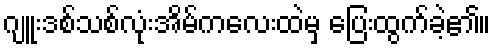
ဂျူးဒစ်သစ်လုံးအိမ်ကလေးထဲမှ ပြေးထွက်ခဲ့၏။